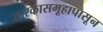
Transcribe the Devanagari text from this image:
तारकासमूहापासून